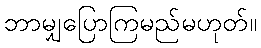
ဘာမျှပြောကြမည်မဟုတ်။